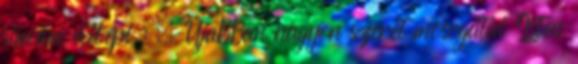
simán átlépi : . Újabban nagyon szeret mosogatni Isten